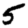
Digit: 5